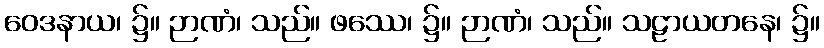
ဝေဒနာယ၊ ၌။ ဉာဏံ၊ သည်။ ဖဿေ၊ ၌။ ဉာဏံ၊ သည်။ သဠာယတနေ၊ ၌။